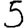
Digit: 5